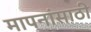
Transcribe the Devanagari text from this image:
मापनांसाठी